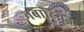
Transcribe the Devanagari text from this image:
नबाटियन